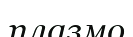
плазмо